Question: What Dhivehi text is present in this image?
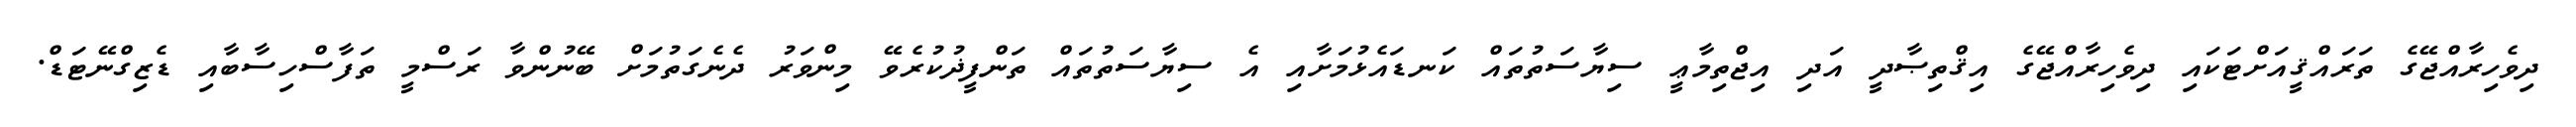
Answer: ދިވެހިރާއްޖޭގެ ތަރައްޤީއަށްޓަކައި ދިވެހިރާއްޖޭގެ އިޤްތިޞާދީ އަދި އިޖްތިމާޢީ ސިޔާސަތުތައް ކަނޑައެޅުމަށާއި އެ ސިޔާސަތުތައް ތަންފީޛުކުރެވޭ މިންވަރު ދެނެގަތުމަށް ބޭނުންވާ ރަސްމީ ތަފާސްހިސާބާއި ޑެޒިގްނޭޓަޑް.